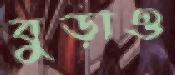
বুড়াও